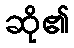
ဆို၏